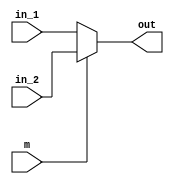
`timescale 1ns / 1ps
//////////////////////////////////////////////////////////////////////////////////
// Company: 
// Engineer: 
// 
// Design Name: 
// Module Name: MUX
// Project Name: 
// Target Devices: 
// Tool Versions: 
// Description: 
// 
// Dependencies: 
// 
// Revision:
// Revision 0.01 - File Created
// Additional Comments:
// 
//////////////////////////////////////////////////////////////////////////////////


module mux
#(parameter WIDTH = 32)
(
	input m, // control signal
	input [WIDTH-1:0] in_1,in_2,
	output [WIDTH-1:0] out
);
	assign out=(m == 1'b0 ? in_1 : in_2);

endmodule // mux